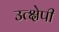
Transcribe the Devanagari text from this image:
उत्क्षेपी